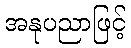
အနုပညာဖြင့်